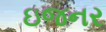
ઇજનર